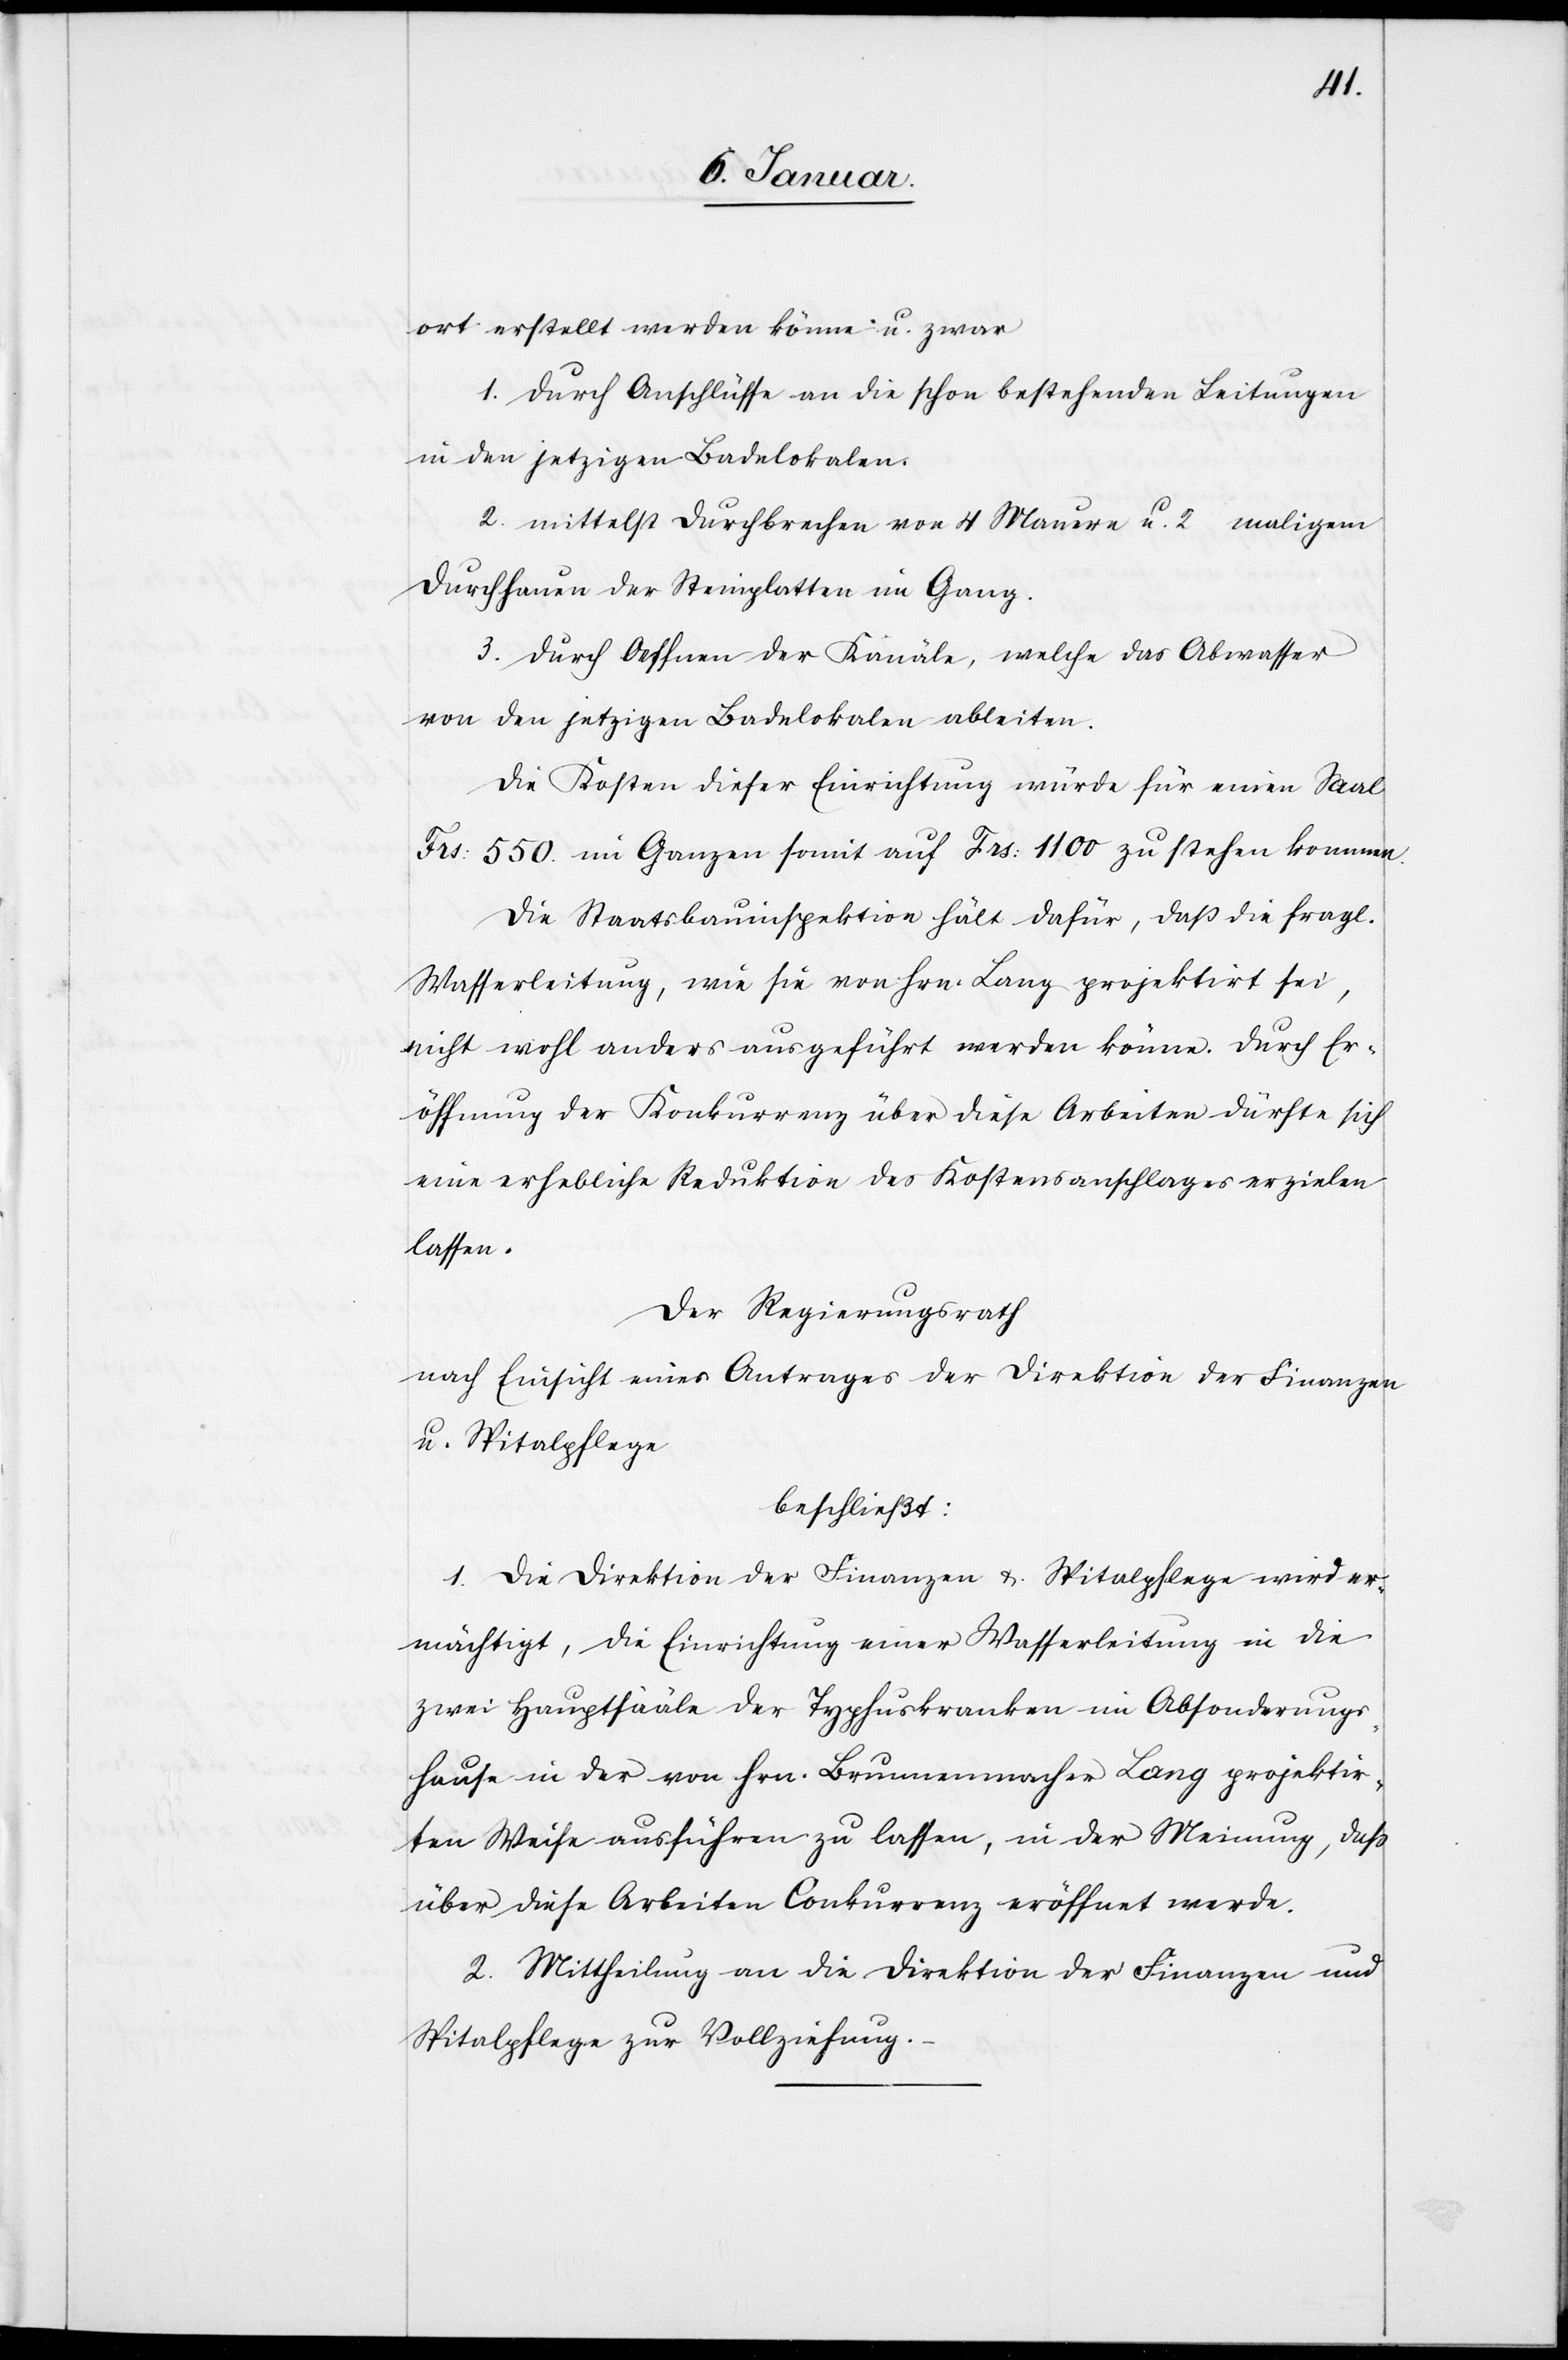
ort erstellt werden könne u. zwar
1. durch Anschlüsse an die schon bestehenden Leitungen
in den jetzigen Badelokalen.
2. mittelst Durchbrechen von 4 Mauern u. 2 maligem
Durchhauen der Steinplatten im Gang.
3. durch Oeffnen der Kanäle, welche das Abwasser
von den jetzigen Badelokalen ableiten.
Die Kosten dieser Einrichtung würde für einen Saal
Frs: 550. im Ganzen somit auf Frs: 1100 zu stehen kommen.
Die Staatsbauinspektion hält dafür, daß die fragl.
Wasserleitung, wie sie von Hrn. Lang projektirt sei,
nicht wohl anders ausgeführt werden könne. Durch Er¬
öffnung der Konkurrenz über diese Arbeiten dürfte sich
eine erhebliche Reduktion des Kostensanschlages erzielen
lassen.
Der Regierungsrath
nach Einsicht eines Antrages der Direktion der Finanzen
u. Spitalpflege
beschließt:
1. Die Direktion der Finanzen u. Spitalpflege wird er¬
mächtigt, die Einrichtung einer Wasserleitung in die
zwei Hauptsääle der Typhuskranken im Absonderungs¬
hause in der von Hrn. Brunnenmacher Lang projektier¬
ten Weise ausführen zu lassen, in der Meinung, daß
über diese Arbeiten Conkurrenz eröffnet werde.
2. Mittheilung an die Direktion der Finanzen und
Spitalpflege zur Vollziehung.